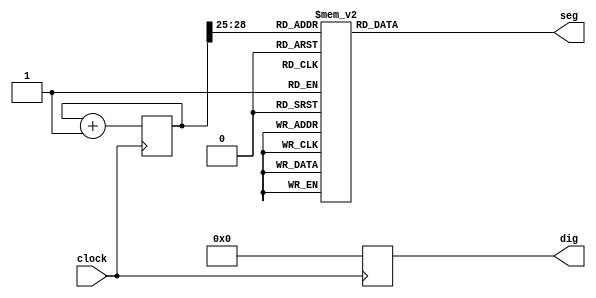

module sled(
    input wire clock,
    output reg [7:0] seg,
    output reg [3:0] dig );

    reg [3:0] disp_dat; //
    reg [36:0] count; //

    always @ (posedge clock )
    begin 
        count = count + 1'b1;
        dig = 4'b0000;
    end

    always @ (count[24])
    begin
        disp_dat = {count[28:25]};
    end

    always @ (disp_dat)
    begin 
        case (disp_dat)
            4'h0 : seg = 8'hc0; //"0"
            4'h1 : seg = 8'hf9; //"1"
            4'h2 : seg = 8'ha4; //"2"
            4'h3 : seg = 8'hb0; //"3"
            4'h4 : seg = 8'h99; //"4"
            4'h5 : seg = 8'h92; //"5"
            4'h6 : seg = 8'h82; //"6"
            4'h7 : seg = 8'hf8; //"7"
            4'h8 : seg = 8'h80; //"8"
            4'h9 : seg = 8'h90; //"9"
            4'ha : seg = 8'h88; //"a"
            4'hb : seg = 8'h83; //"b"
            4'hc : seg = 8'hc6; //"c"
            4'hd : seg = 8'ha1; //"d"
            4'he : seg = 8'h86; //"e"
            4'hf : seg = 8'h8e; //"f"
        endcase
    end

endmodule